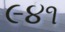
૯૪૧